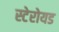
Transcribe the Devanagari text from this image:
स्टेरोयड